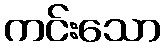
ကင်းသော